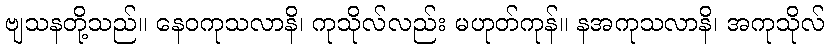
ဗျသနတို့သည်။ နေဝကုသလာနိ၊ ကုသိုလ်လည်း မဟုတ်ကုန်။ နအကုသလာနိ၊ အကုသိုလ်